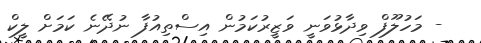
- މަހުލޫފް ވިދާޅުވަނީ ވަޒީރުކަމުން އިސްތިއުފާ ނުދޭނެ ކަމަށް ލީކް